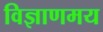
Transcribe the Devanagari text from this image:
विज्ञाणमय